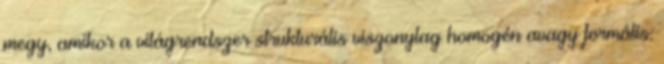
megy, amikor a világrendszer strukturális viszonylag homogén avagy formális: